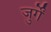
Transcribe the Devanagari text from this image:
जुर्गें